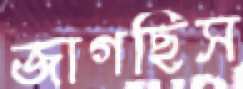
জাগছিস